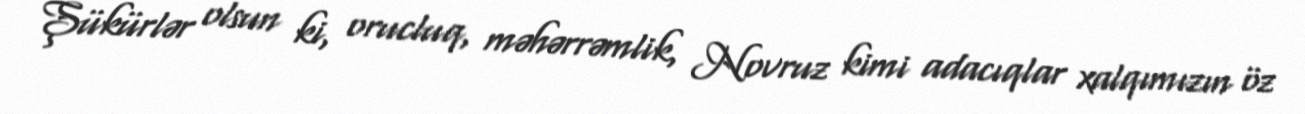
Şükürlər olsun ki, orucluq, məhərrəmlik, Novruz kimi adacıqlar xalqımızın öz